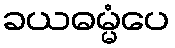
ခယဓမ္မံပေ